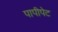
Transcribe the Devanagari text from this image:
पापीपेट